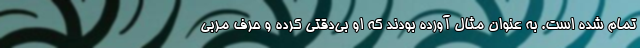
تمام شده است. به عنوان مثال آورده بودند که او بی‌دقتی کرده و حرف مربی